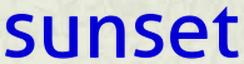
sunset